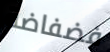
فضفاضة